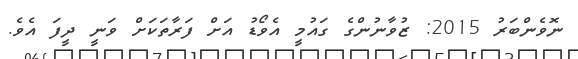
ނޮވެންބަރު 2015: ޒުވާނުންގެ ގައުމީ އެވޯޑު އަށް ފަރާތަކަށް ވަނީ ދީފަ އެވެ.